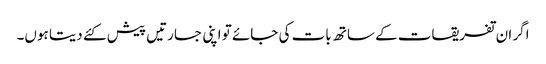
اگر ان تفریقات کے ساتھ بات کی جائے تو اپنی جسارتیں پیش کئے دیتا ہوں۔